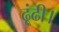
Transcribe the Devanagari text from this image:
ढूंढी।